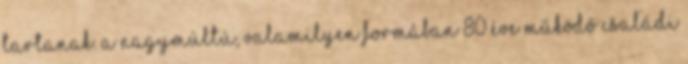
tartanak. A nagymúltú, valamilyen formában 80 éve működő családi